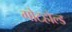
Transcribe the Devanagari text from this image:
गोटहोल्ड